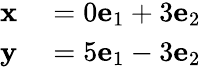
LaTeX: \begin{array}{rl}{\mathbf{x}}&{{}=0\mathbf{e}_{1}+3\mathbf{e}_{2}}\\ {\mathbf{y}}&{{}=5\mathbf{e}_{1}-3\mathbf{e}_{2}}\end{array}